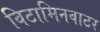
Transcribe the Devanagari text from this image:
विटामिनवाटर